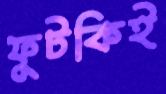
ফুটকিই